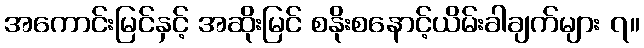
အကောင်းမြင်နှင့် အဆိုးမြင် စနိုးစနောင့်ယိမ်းခါချက်များ ၇။